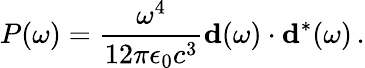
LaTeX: P(\omega)=\frac{\omega^{4}}{12\pi\epsilon_{0}c^{3}}{\mathbf d}(\omega)\cdot{\mathbf d}^{*}(\omega)\, .